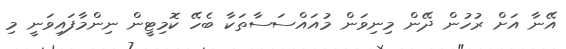
އޭނާ އަށް ރުހުން ދޭން މިނިވަން މުއައްސަސާތަކާ ބެހޭ ކޮމިޓީން ނިންމާފައިވަނީ މި